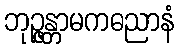
ဘုဉ္ဇန္တာမကဓညာနံ